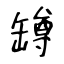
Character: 罇